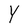
Character: Y